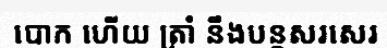
បោក ហើយ ត្រាំ នឹងបន្តសរសេរ